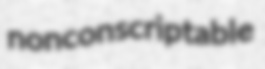
nonconscriptable